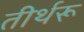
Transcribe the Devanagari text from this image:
तीर्थरू